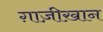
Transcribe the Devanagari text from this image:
ग़ाज़ीख़ान